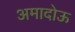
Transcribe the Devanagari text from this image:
अमादोऊ